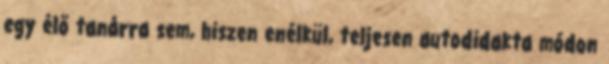
egy élő tanárra sem, hiszen enélkül, teljesen autodidakta módon